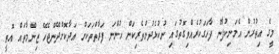
މީގެ އިތުރުން އެމަނިކުފާނު ފާހަގަކުރެއްވިގޮތުގައި ނުކުޅެދުންތެރިކަން ހުންނަ ފަރާތްތަކަށް އަދާކޮށްދޭންޖެހޭ ޒިންމާތައް އޮތީ